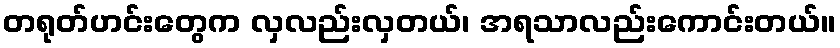
တရုတ်ဟင်းတွေက လှလည်းလှတယ်၊ အရသာလည်းကောင်းတယ်။